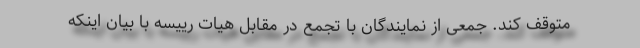
متوقف کند. جمعی از نمایندگان با تجمع در مقابل هیات رییسه با بیان اینکه